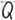
Text: Q